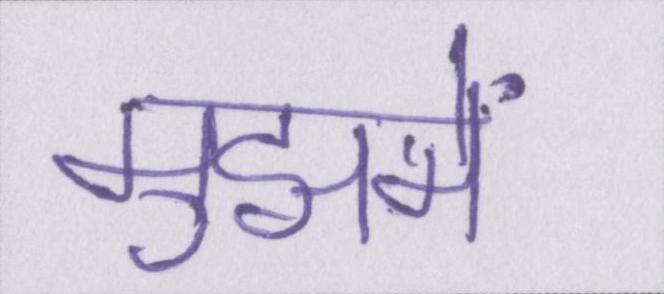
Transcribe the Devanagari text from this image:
मुझमें